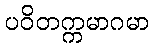
ပဝိတက္ကမာဂမာ